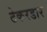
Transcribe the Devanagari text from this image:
टेकरडार